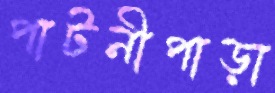
পাটনীপাড়া